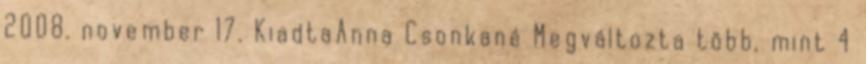
2008. november 17. KiadtaAnna Csonkané Megváltozta több, mint 4